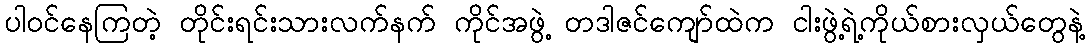
ပါဝင်နေကြတဲ့ တိုင်းရင်းသားလက်နက် ကိုင်အဖွဲ့ တဒါဇင်ကျော်ထဲက ငါးဖွဲ့ရဲ့ကိုယ်စားလှယ်တွေနဲ့